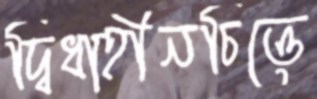
দ্বিধাহীনচিত্তে